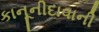
કાનૂનીદાવાની